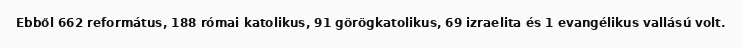
Ebből 662 református, 188 római katolikus, 91 görögkatolikus, 69 izraelita és 1 evangélikus vallású volt.